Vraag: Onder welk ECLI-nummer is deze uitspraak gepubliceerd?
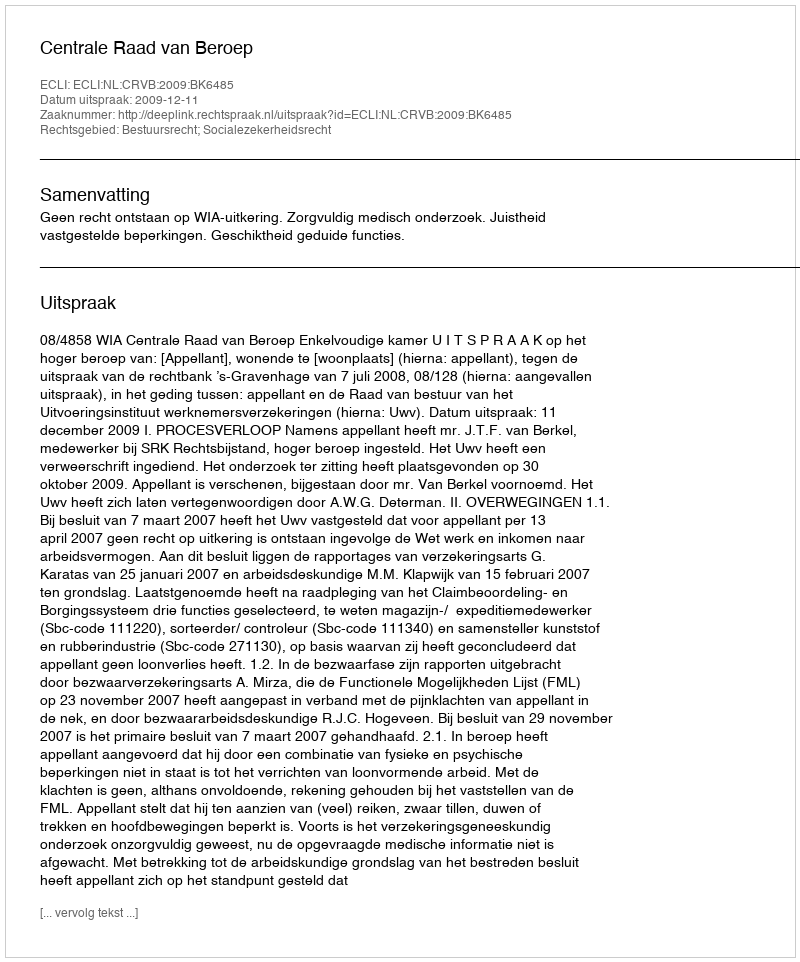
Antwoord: ECLI:NL:CRVB:2009:BK6485